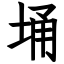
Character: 埇